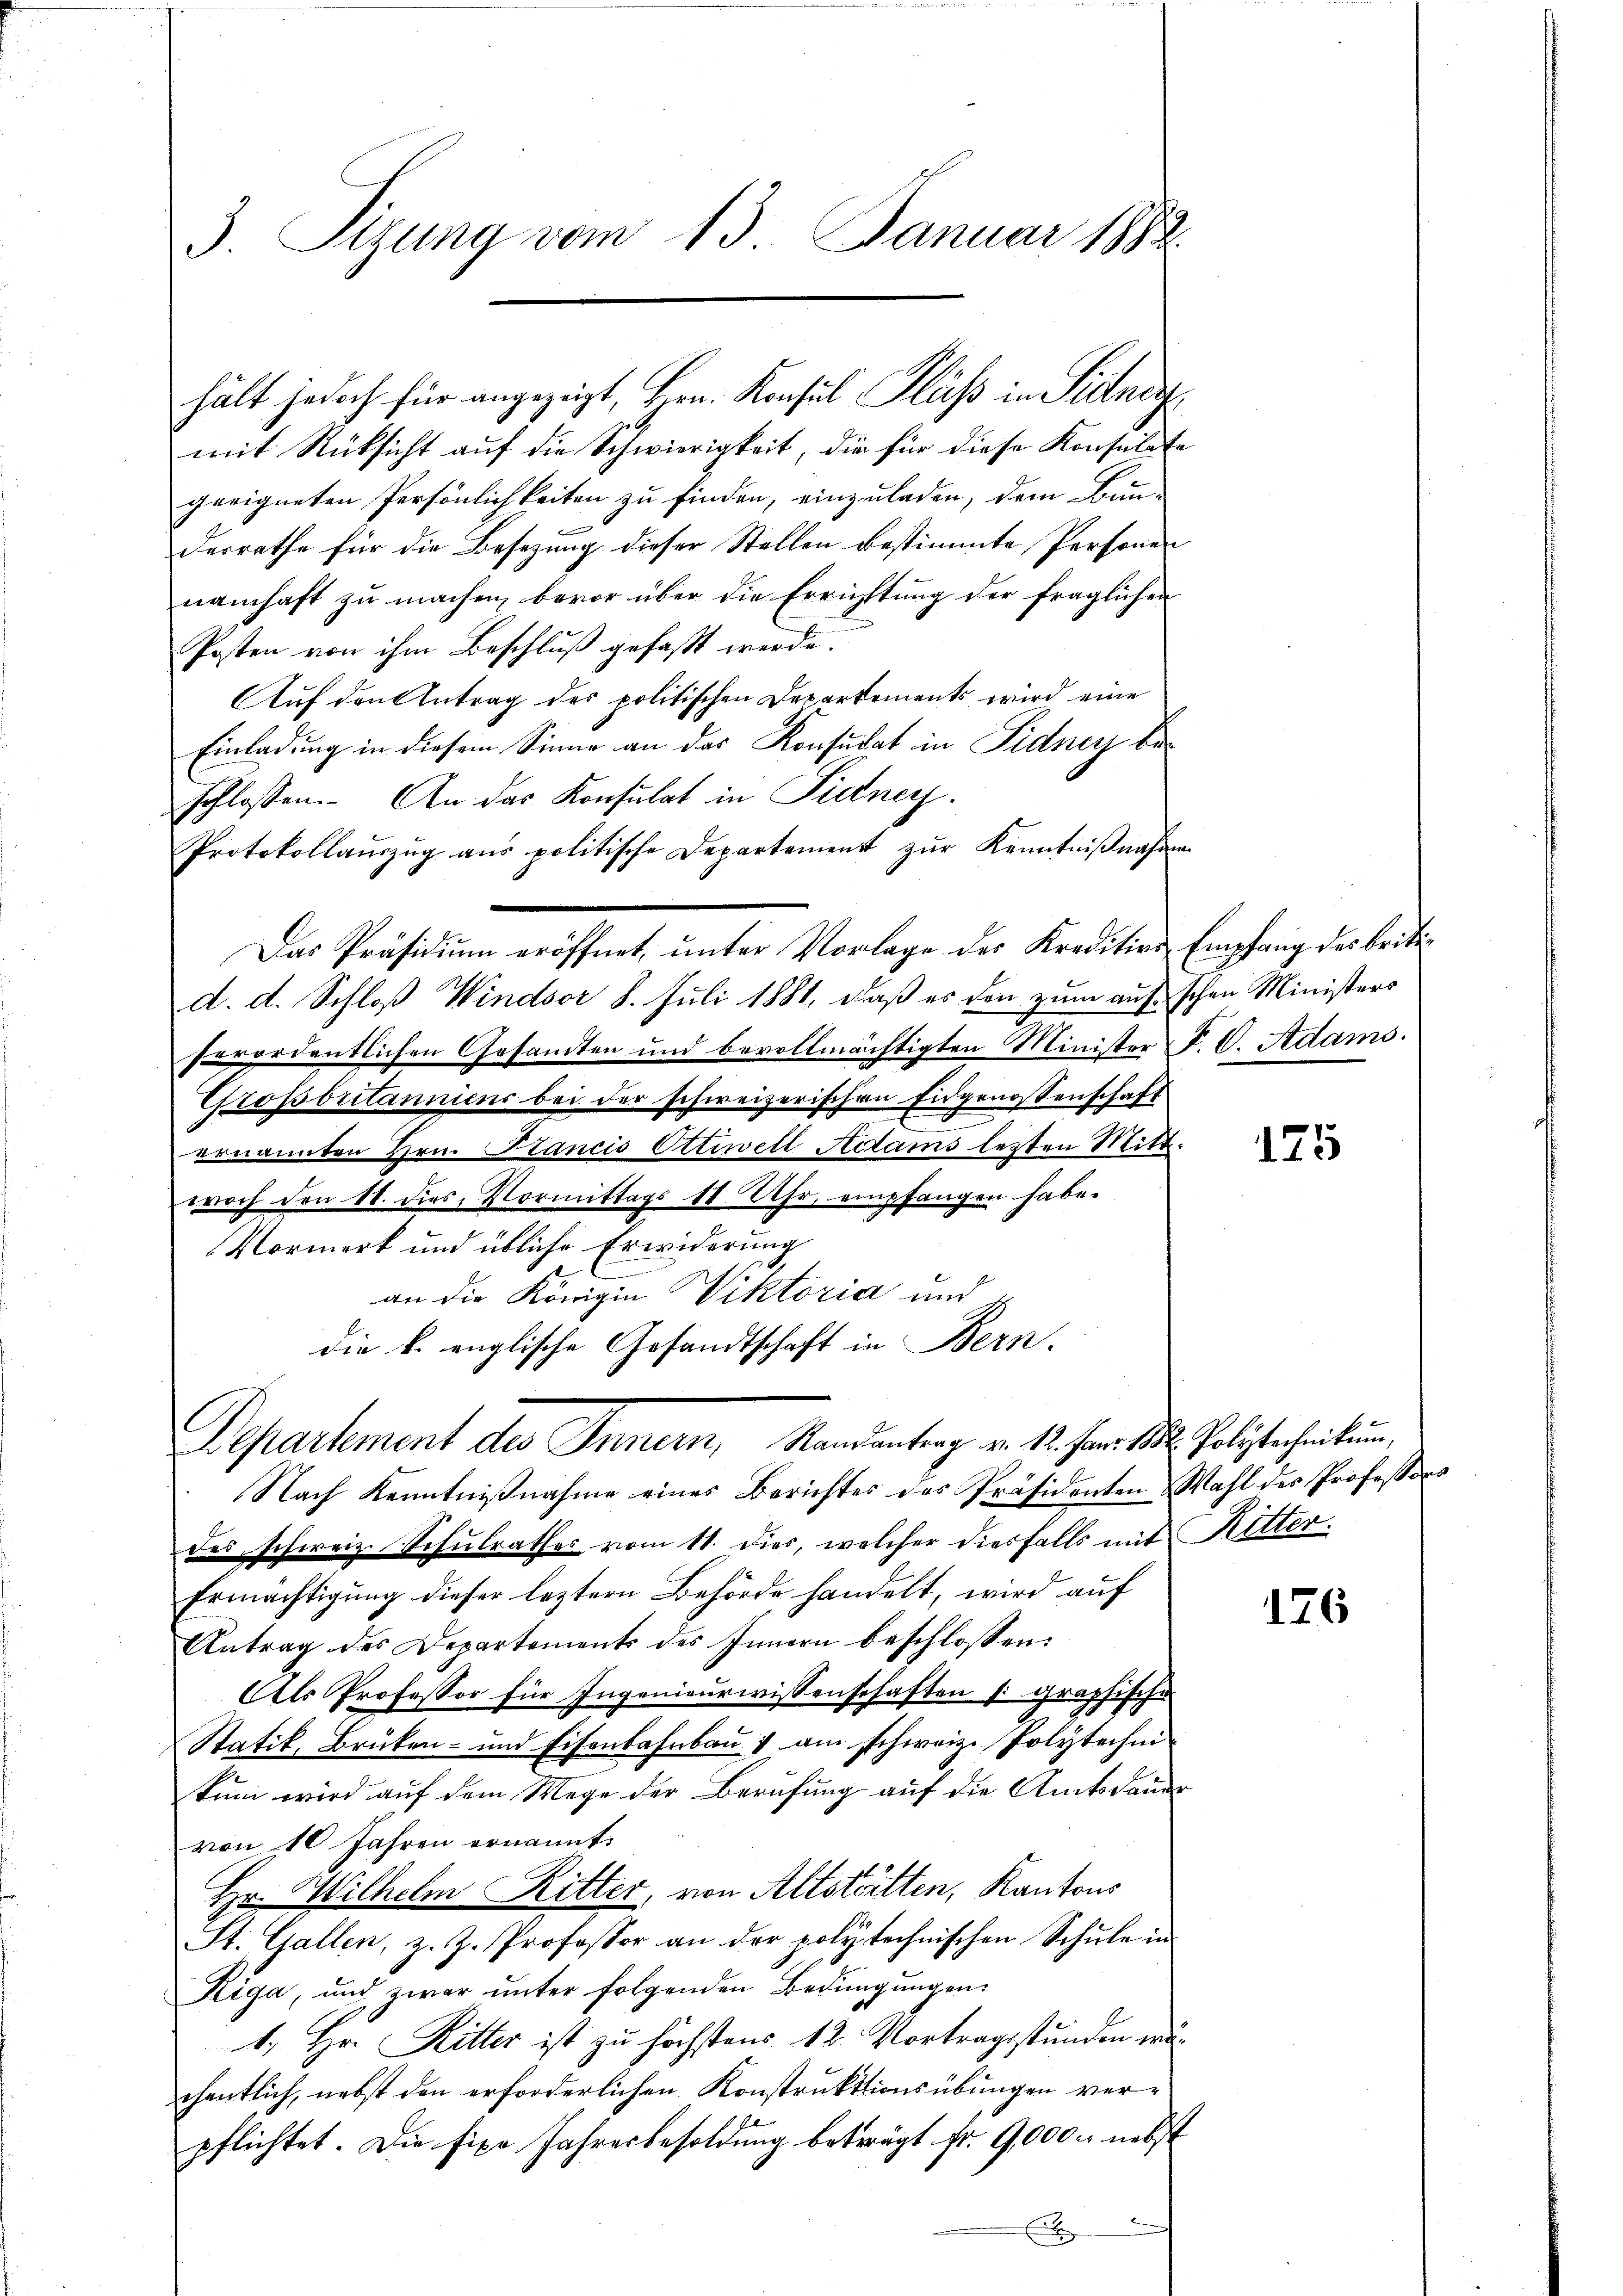
3. Tizung vom 13. Januar 1882.

mit Rücksicht auf die Schwierigkeit, die für diese Konsulate
geeigneten Persönlichkeiten zu finden, einzuladen, dem Bun-
desrathe für die Besetzung dieser Stellen bestimmte Personen
namhaft zu machen, bevor über die Errichtung der fraglichen
Posten von ihm Beschluß gefaßt werde.
Auf den Antrag des politischen Departements wird eine
Einladung in diesem Sinne an das Konsulat in Fidney beschlossen. An das Konsulat in Pidner
Protokollaŭszŭg aŭs politische Departement zŭr Kenntniβnahmen
Das Präsidium eröffnet, unter Vorlage des Kredition Empfang des britid. d. Schloß Windsor 8. Juli 1881, daß es den zum aufschen Ministers
ferordentlichen Gesamten und bevollmächtigten Minister P. C. Adams.
Groportanniens bei der schweizerischen Eidgenossenschaft
t
ernannten Hrn. Stancis Ottiwell Adams lezten Mitt
woch den 11. dies Vormittags 18. Uhr, empfangen habe.
Vormerk und übliche Erwiderung
an die Königin Viktoria und
die k. englische Gesandtschaft in Bern.
Departement des Innern, Randantrag v. 12. Jan. 18. Polytechnikum,
Nach Kenntniβnahme eines Berichtes des Präsidenten Wahl des Professors
des schweiz. Schulrathes vom 11. dies, welcher diesfalls mit Ketter.
Ermächtigung dieser leztern Behörde handelt, wird auf
Antrag des Departements des Innern beschlossen:
Als Professor für Ingenieurwissenschaften (graphische
Statik, Brüken- und Eisenbahnbau & am schweiz. Polytechni
kum wird auf dem Wege der Berufung auf die Amtsdauer
von 10 Jahren ernannt.
Hr. Wilhelm Ritter, von Altstätten, Kantons
St. Gallen, z. Z. Professor an der polytechnischen Schule in
Kiga, und zwar ŭnter folgenden Bedingungen
1., Hr. Ritter ist zu höchstens 12 Vortragsstunden wächentlich, nebst den erforderlichen Konstruktionsübungen verpflichtet. Die fixe Jahresbesoldung beträgt fr. 9,000 M nebst
x

hält jedoch für angezeigt, Hrn. Konsul Fluß in Sidner

175

126